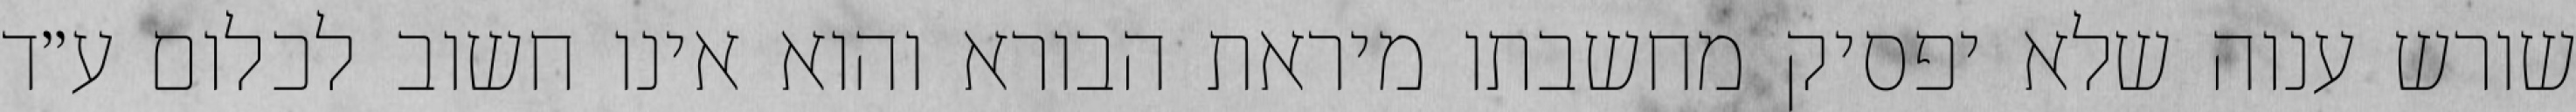
שורש ענוה שלא יפסיק מחשבתו מיראת הבורא והוא אינו חשוב לכלום ע״ד